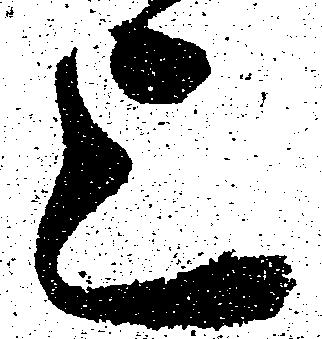
上